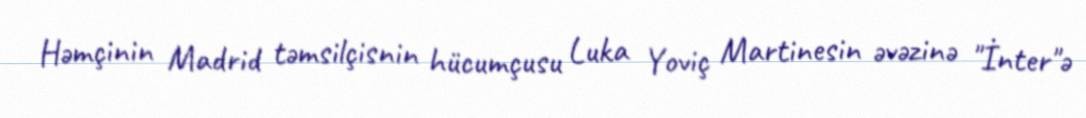
Həmçinin Madrid təmsilçisnin hücumçusu Luka Yoviç Martinesin əvəzinə "İnter"ə